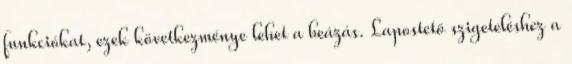
funkciókat, ezek következménye lehet a beázás. Lapostető szigeteléshez a